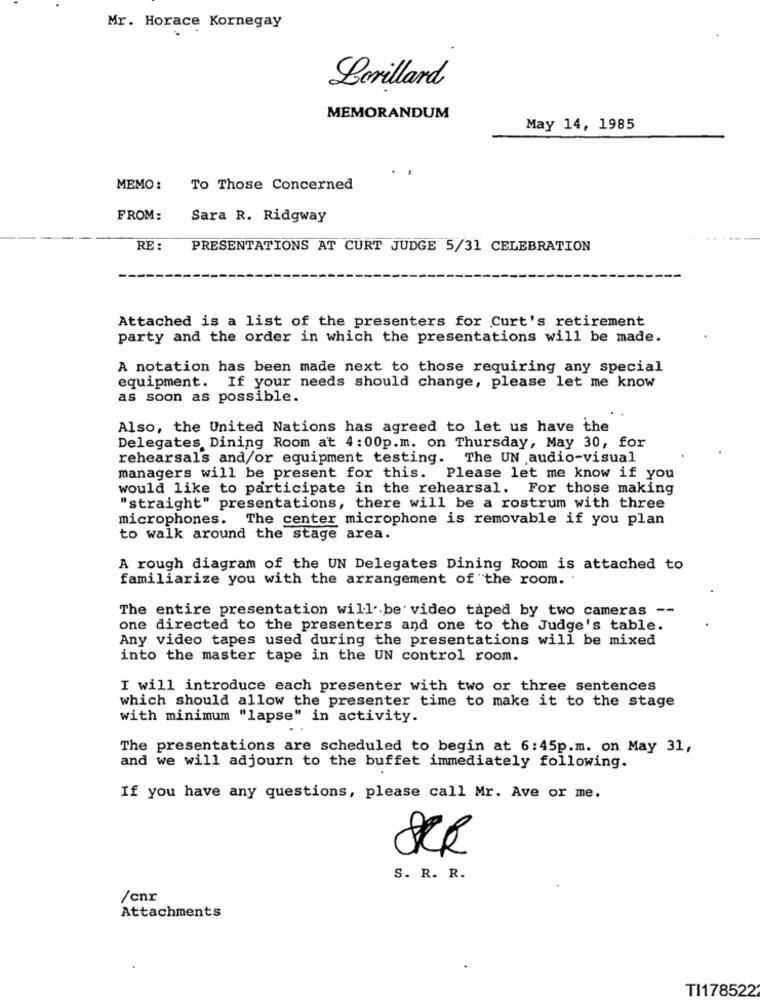
Mr. Horace Kornegay
Lorillard
MEMORANDUM
May 14, 1985
MEMO:
To Those Concerned
FROM:
Sara R. Ridgway
RE :
PRESENTATIONS AT CURT JUDGE 5/31 CELEBRATION
Attached is a list of the presenters for Curt's retirement
party and the order in which the presentations will be made.
A notation has been made next to those requiring any special
equipment. If your needs should change, please let me know
as soon as possible.
Also, the United Nations has agreed to let us have the
Delegates Dining Room at 4:00p.m. on Thursday, May 30, for
rehearsals and/or equipment testing. The UN audio-visual
managers will be present for this. Please let me know if you
would like to participate in the rehearsal. For those making
"straight" presentations, there will be a rostrum with three
microphones. The center microphone is removable if you plan
to walk around the stage area.
A rough diagram of the UN Delegates Dining Room is attached to
familiarize you with the arrangement of the room.
The entire presentation will be video taped by two cameras --
one directed to the presenters and one to the Judge's table.
Any video tapes used during the presentations will be mixed
into the master tape in the UN control room.
I will introduce each presenter with two or three sentences
which should allow the presenter time to make it to the stage
with minimum "lapse" in activity.
The presentations are scheduled to begin at 6:45p.m. on May 31,
and we will adjourn to the buffet immediately following.
If you have any questions, please call Mr. Ave or me.
S. R. R.
/cnr
Attachments
TI178522